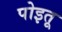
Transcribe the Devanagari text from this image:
पोइतू